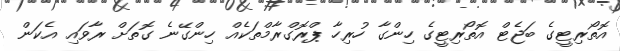
އޮތޯރިޓީގެ ބަޖެޓް އޮތޯރިޓީގެ ހިންގާ ހުރިހާ ޕްރޮގްރާމްތަކެއް ހިންގޭނެ ގޮތަށް ރާވައި އެކަން